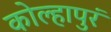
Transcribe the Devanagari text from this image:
कोल्हापुरं